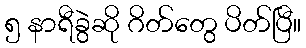
၅ နာရီခွဲဆို ဂိတ်တွေ ပိတ်ပြီ။